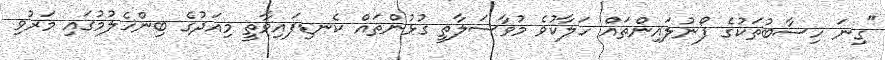
"ގިނަ ހިސާބުތަކުގެ ފޯނުލައިންތައް ހަލާކުވެ މުވާސަލާތީ ގުޅުންތައް ކެނޑިފައިވާތީ މިއަދުގެ ބިންހެލުމުގައި މަރުވި